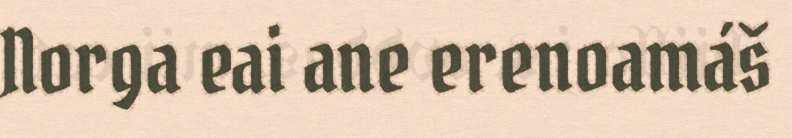
Norga eai ane erenoamáš